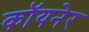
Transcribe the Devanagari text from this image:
कॉयनेर